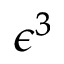
\epsilon ^ { 3 }